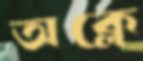
অক্লে